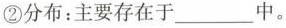
②分布：主要存在于___中。